Scottish Certificate of Education, 1962
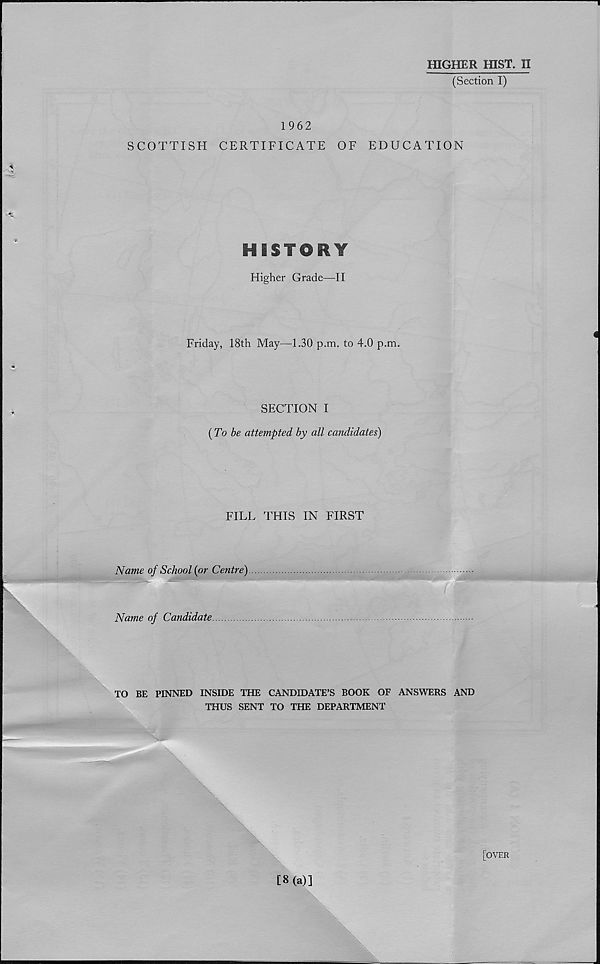
HIGHER HIST. II
(Section I)
1962
SCOTTISH CERTIFICATE OF EDUCATION
HISTORY
Higher Grade—II
Friday, 18th May—1.30 p.m. to 4.0 p.m.
SECTION I
(To be attempted by all candidates)
FILL THIS IN FIRST
Name of School {or Centre)
Name of Candidate
TO BE PINNED INSIDE THE CANDIDATE’S BOOK OF ANSWERS AND
THUS SENT TO THE DEPARTMENT
[8(a)]
\
\
[OVER